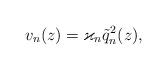
LaTeX: \begin{align*}v_n(z) = \varkappa_n\tilde q_n^2(z),\end{align*}